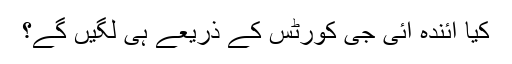
کیا آئندہ آئی جی کورٹس کے ذریعے ہی لگیں گے؟